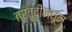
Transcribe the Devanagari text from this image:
तरतुदींमधून